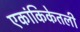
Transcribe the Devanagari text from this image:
एकांकिकेतली